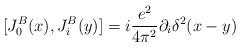
LaTeX: \begin{align*}[J^B_0(x),J^B_i(y)]=i{e^2\over 4\pi^2}\partial_i\delta^2(x-y)\end{align*}